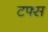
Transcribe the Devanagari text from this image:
टफ्स